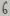
Text: 6